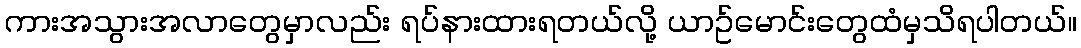
ကားအသွားအလာတွေမှာလည်း ရပ်နားထားရတယ်လို့ ယာဥ်မောင်းတွေထံမှသိရပါတယ်။